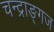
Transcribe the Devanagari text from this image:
चन्द्राङ्गज